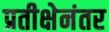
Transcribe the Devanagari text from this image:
प्रतीक्षेनंतर